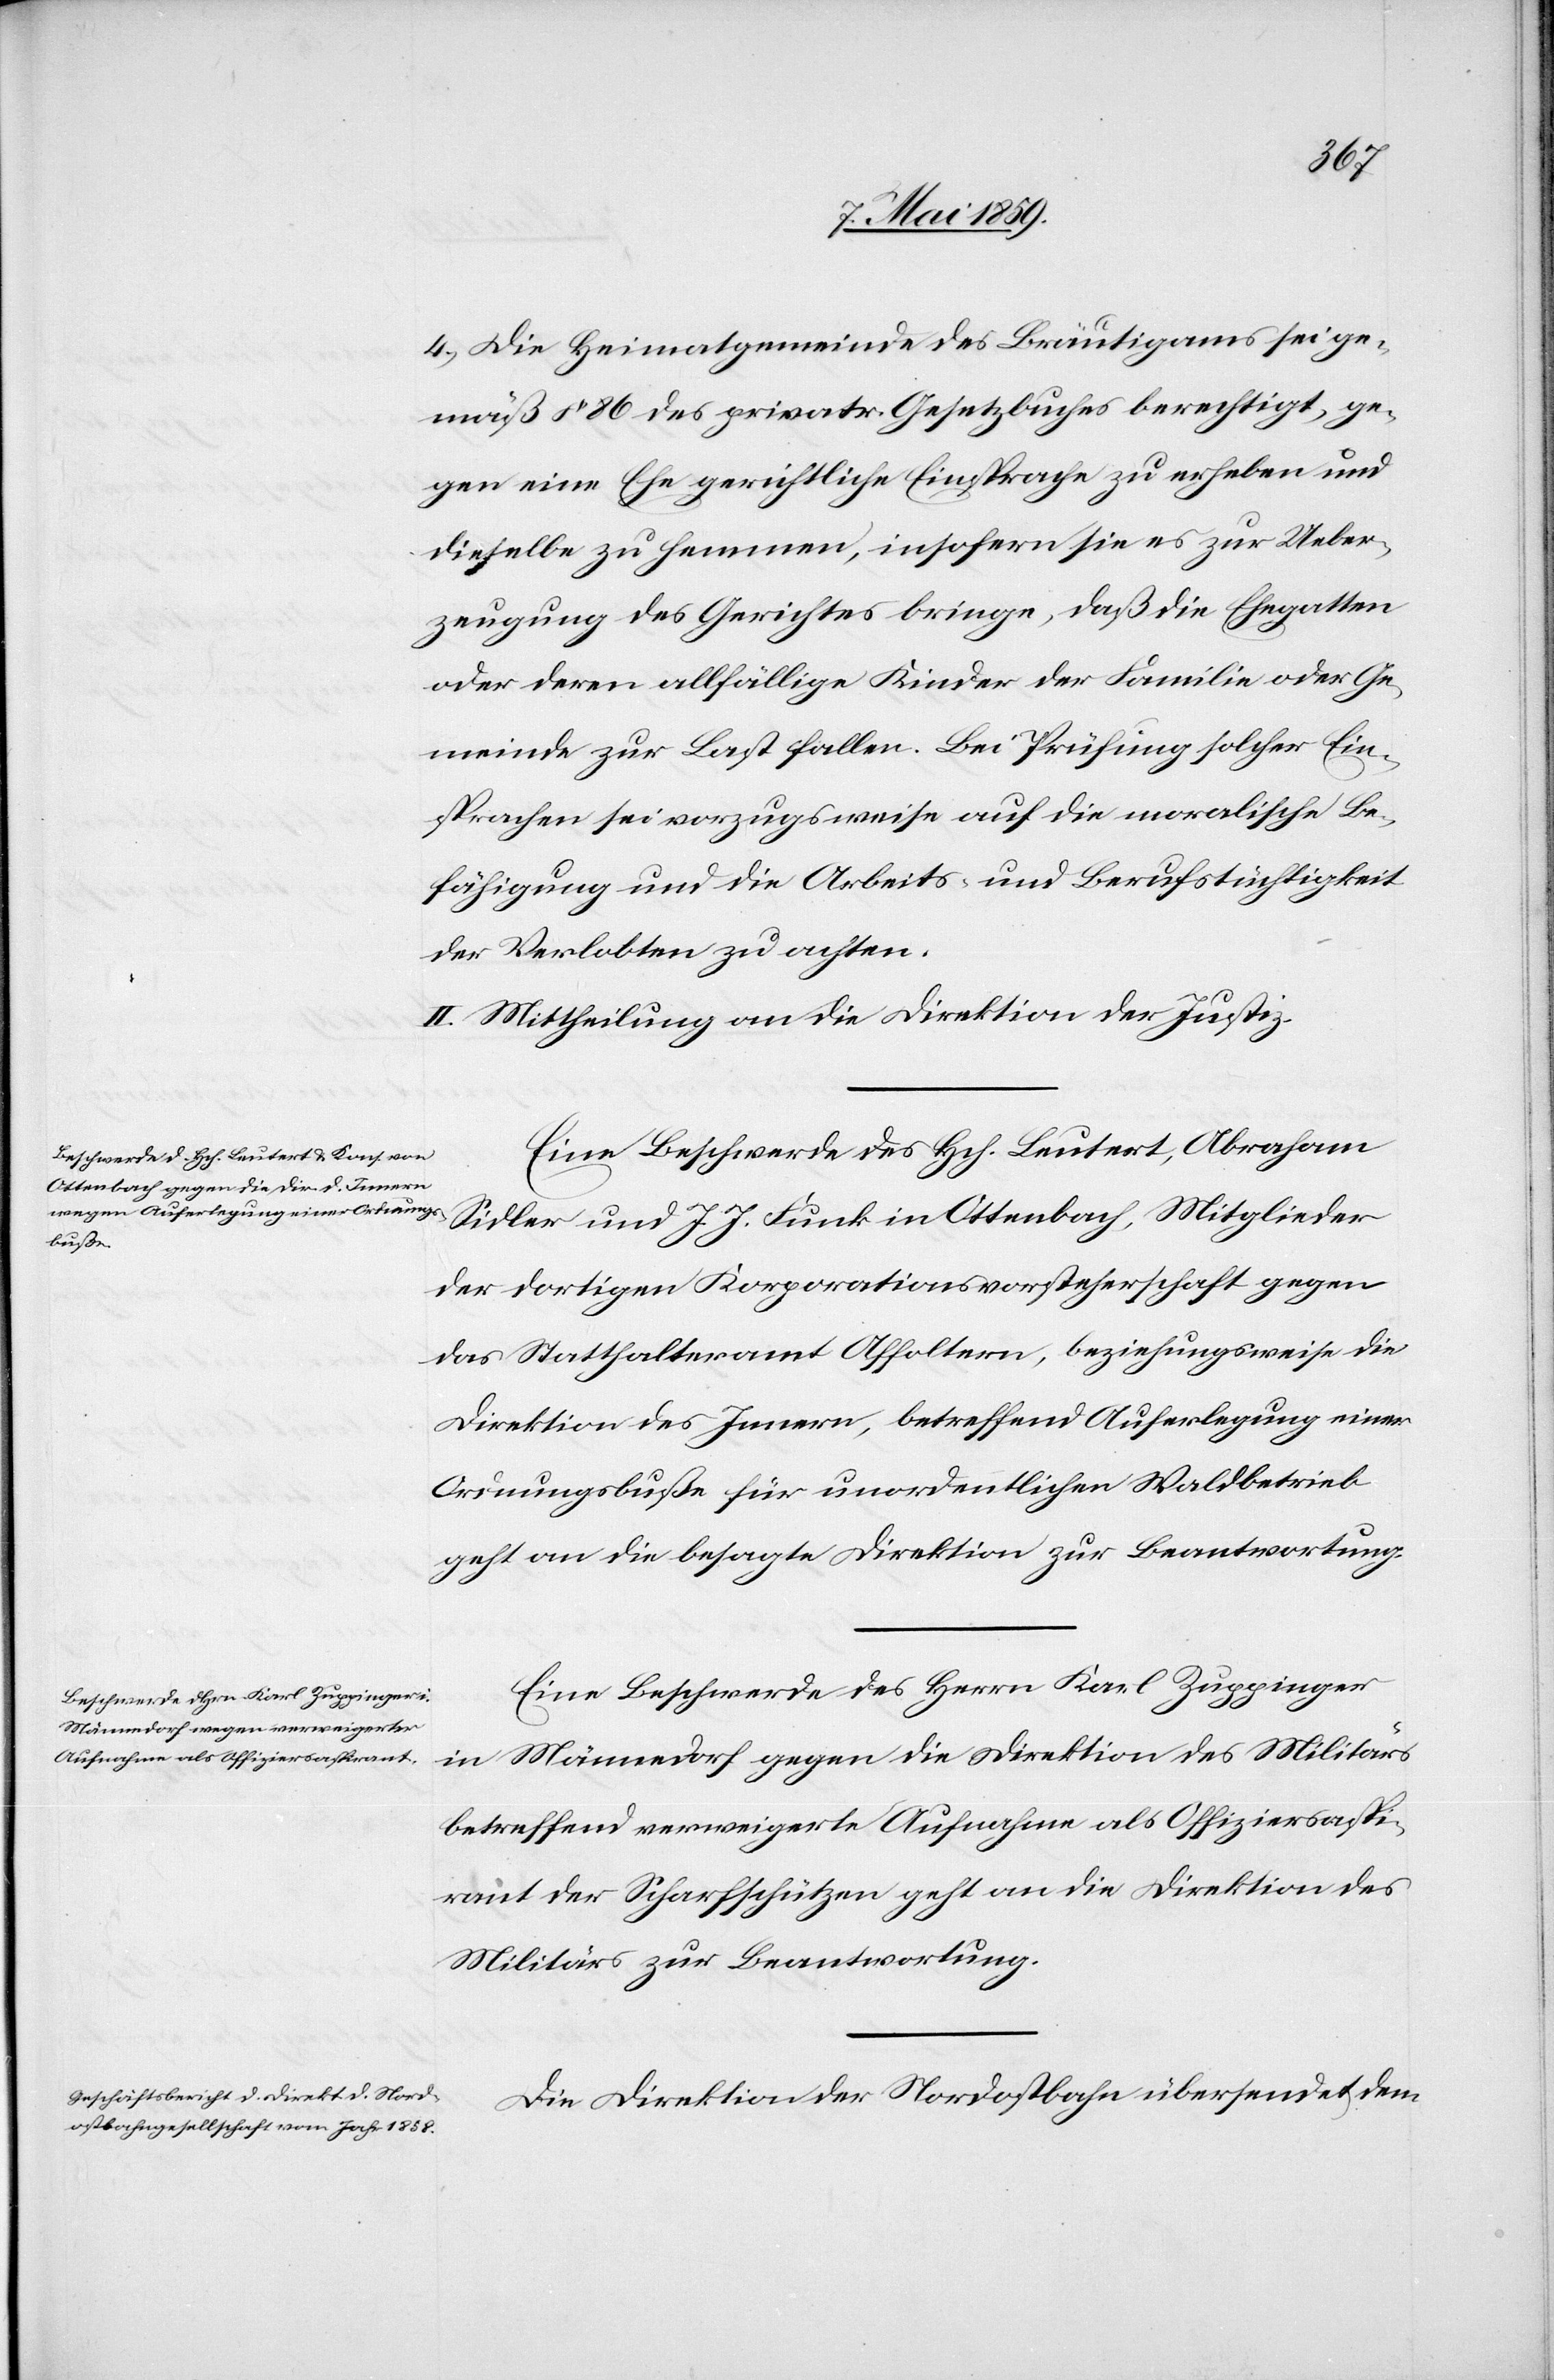
10. Mai 1859.]
4) Die Heimatgemeinde des Bräutigams sei ge¬
mäß § 86 des privatr. Gesetzbuches berechtigt, ge¬
gen eine Ehe gerichtliche Einsprache zu erheben und
dieselbe zu hemmen, insofern sie es zur Ueber¬
zeugung des Gerichtes bringe, daß die Ehegatten
oder deren allfällige Kinder der Familie oder Ge¬
meinde zur Last fallen. Bei Prüfung solcher Ein¬
sprachen sei vorzugsweise auf die moralische Be¬
fähigung und die Arbeits- und Berufstüchtigkeit
der Verlobten zu achten.
II. Mittheilung an die Direktion der Justiz.
Eine Beschwerde des Hch. Leutert, Abraham
Sidler und J. J. Funk in Ottenbach, Mitglieder
der dortigen Korporationsvorsteherschaft gegen
das Statthalteramt Affoltern, beziehungsweise die
Direktion des Innern, betreffend Auferlegung einer
Ordnungsbuße für unordentlichen Waldbetrieb
geht an die besagte Direktion zur Beantwortung.
Eine Beschwerde des Herrn Karl Zuppinger
in Männedorf gegen die Direktion des Militärs
betreffend verweigerte Aufnahme als Offiziersaspi¬
rant der Scharfschützen geht an die Direktion des
Militärs zur Beantwortung.
Die Direktion der Nordostbahn übersendet dem